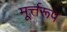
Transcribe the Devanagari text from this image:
मूर्त्तरूप